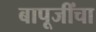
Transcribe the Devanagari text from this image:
बापूजींचा